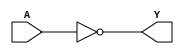
module not_gate (
    input wire A,
    output reg Y
);

always @ (A)
    Y = ~A;

endmodule